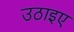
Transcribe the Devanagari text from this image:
उठाइए